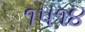
૧૫૧૪